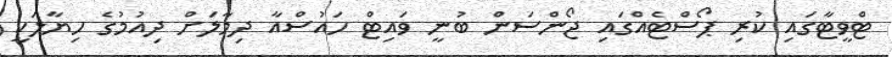
ޓްވީޓާގައި ކުރި ޕޯސްޓެއްގައި ޖޯންސަން ބުނީ ވައިޓް ހައުސްއާ ދިމާލަށް ދިއުމުގެ ހިޔާލަކީ